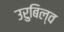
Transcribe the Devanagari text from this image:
उरुबिल्व